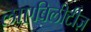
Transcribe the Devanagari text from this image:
लाएबिलीटीज़